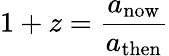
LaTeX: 1+z={\frac{a_{\mathrm{now}}}{a_{\mathrm{then}}}}